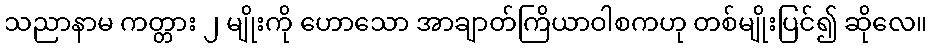
သညာနာမ ကတ္တား ၂ မျိုးကို ဟောသော အာချာတ်ကြိယာဝါစကဟု တစ်မျိုးပြင်၍ ဆိုလေ။